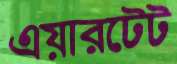
এয়ারটেট